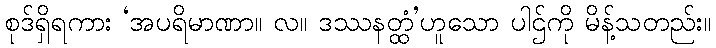
စုဒ်ရှိရကား ‘အပရိမာဏာ။ လ။ ဒဿနတ္ထံ’ဟူသော ပါဌ်ကို မိန့်သတည်း။